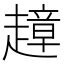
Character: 𧽣